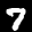
Label: 7